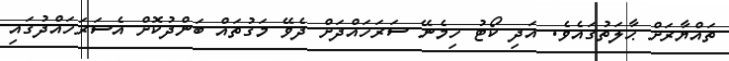
ތައްޔާރަށް ޙާލަތުގައެވެ. އަދި ކޯޓު ހިމެނޭ ސަރަހައްދަށް ދެވޭ މަގުތައް ބަންދުކޮށް އެސަރަހައްދުގައި